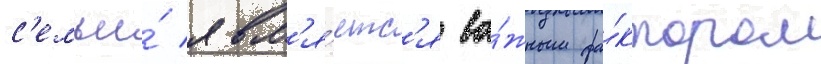
с'емьи́ явл'я́етс'я ва́жным фа́ктором